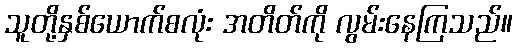
သူတို့နှစ်ယောက်စလုံး အတိတ်ကို လွမ်းနေကြသည်။